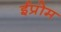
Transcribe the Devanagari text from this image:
ईप्रोम